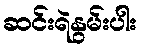
ဆင်းရဲနွမ်းပါး